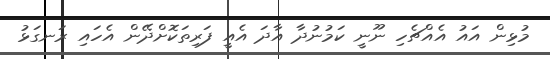
މުޅިން އައު އެއްޗެހި ނޫނީ ކަމުނުދާ އާދަ އެއީ ފަރިތަކޮށްދޭން އެހައި ރަނގަޅު